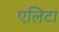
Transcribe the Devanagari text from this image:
एलिटा